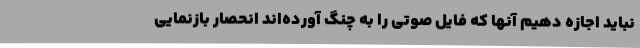
نباید اجازه دهیم آنها که فایل صوتی را به چنگ آورده‌اند انحصار بازنمایی